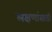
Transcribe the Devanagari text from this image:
लक्षणांसाठी